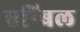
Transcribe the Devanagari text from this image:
एन्बिल